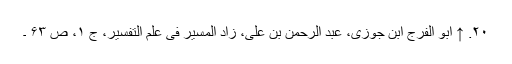
۲۰. ↑ ابو الفرج ابن جوزی، عبد الرحمن بن علی، زاد المسیر فی علم التفسیر، ج ۱، ص ۶۳ ۔